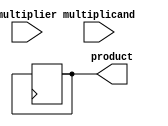
module booth_multiplier(
    input signed [15:0] multiplier,
    input signed [15:0] multiplicand,
    output reg signed [31:0] product
);

reg [15:0] A, S;
reg [4:0] count;
reg addsub;
reg shift_done;
reg [31:0] partial_product;

always @(*) begin
    count = 0;
    S = multiplier;
    A = multiplicand;
    partial_product = 0;
    addsub = 0;
end

always @(posedge clk) begin
    if(count < 5) begin
        case({S[1],S[0]})
            2'b00: begin
                // no operation
            end
            2'b01: begin
                if(addsub == 0) begin
                    partial_product = partial_product + A;
                end else begin
                    partial_product = partial_product - A;
                end
            end
            2'b10: begin
                if(addsub == 0) begin
                    partial_product = partial_product - A;
                end else begin
                    partial_product = partial_product + A;
                end
            end
            2'b11: begin
                // no operation
            end
        endcase
    end else begin
        shift_done = 1;
        product = partial_product;
    end

    if(S[0] == 1 && S[1] == 0) begin
        addsub = 1;
    end else begin
        addsub = 0;
    end

    S = {S[14],S[15],S[14:0]};
    count = count + 1;
end

endmodule